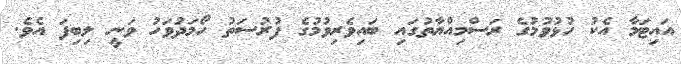
އައިޓަމާ އެކު ހުޅުވުމުގެ ރަސްމިއްޔާތުގައި ބައިވެރިވުމުގެ ފުރުސަތު ހޯމަދުވަހު ވަނީ ލިބިފަ އެވެ.